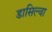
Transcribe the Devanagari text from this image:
डासिल्वा